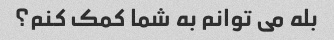
بله می توانم به شما کمک کنم؟